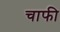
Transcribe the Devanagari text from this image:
चाफी